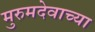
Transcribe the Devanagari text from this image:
मुरुमदेवाच्या